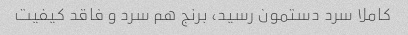
کاملا سرد دستمون رسید، برنج هم سرد و فاقد کیفیت